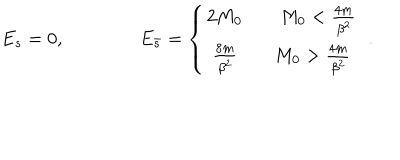
E _ { s } = 0 , \qquad \qquad E _ { \bar { s } } = \left\{ \begin{array} { c } { { 2 M _ { 0 } \qquad M _ { 0 } < \frac { 4 m } { \beta ^ { 2 } } } } \\ { { \frac { 8 m } { \beta ^ { 2 } } \qquad M _ { 0 } > \frac { 4 m } { \beta ^ { 2 } } } } \\ \end{array} \right. \, \, .